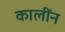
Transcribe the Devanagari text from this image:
कालींन